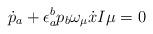
LaTeX: \begin{align*}\dot{p}_a+\epsilon_a^bp_b \omega_\mu \dot{x}I \mu =0\end{align*}